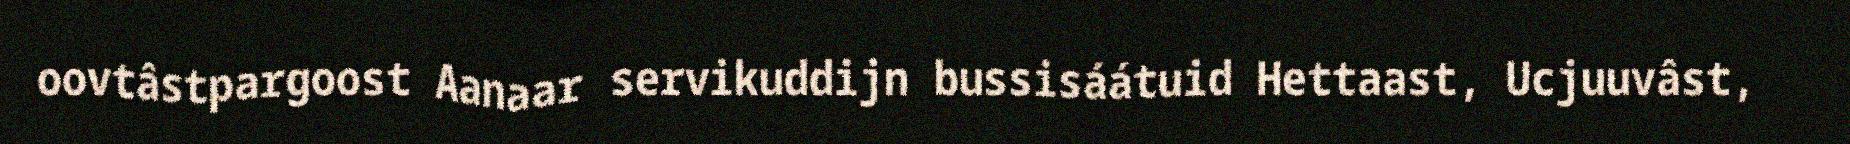
oovtâstpargoost Aanaar servikuddijn bussisáátuid Hettaast, Ucjuuvâst,